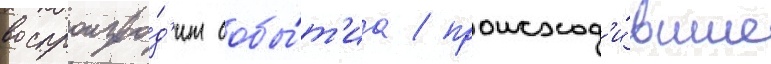
воспроизво́д'ит собы́т'иа / происход'и́вшие